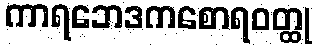
ကာရဘေဒကစောရဝတ္ထု